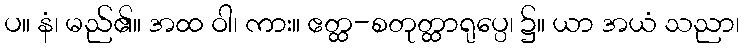
ပ။ နံ၊ မည်၏။ အထ ဝါ၊ ကား။ ဧတ္ထ-စတုတ္ထာရုပ္ပေ၊ ၌။ ယာ အယံ သညာ၊